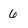
Character: 6